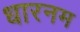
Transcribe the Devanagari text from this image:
धारनम